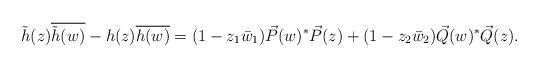
LaTeX: \begin{align*} \tilde{h}(z) \overline{\tilde{h}(w)} - h(z) \overline{h(w)} =(1-z_1\bar{w}_1) \vec{P}(w)^* \vec{P}(z) + (1-z_2\bar{w}_2)\vec{Q}(w)^* \vec{Q}(z).\end{align*}